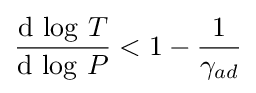
{\frac {{\text{d}}\,\log \,T}{{\text{d}}\,\log \,P}}<1-{\frac {1}{\gamma _{ad}}}